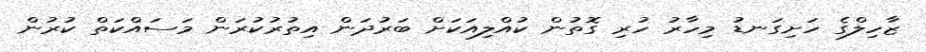
ޒާހިލްގެ ހަށިގަނޑު މިހާރު ހުރި ގޮތުން ކުއްލިއަކަށް ބަރުދަން އިތުރުކުރަން މަސައްކަތް ކުރުން